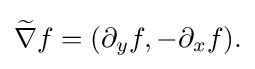
\displaystyle {{\widetilde {\nabla }}f=(\partial _{y}f,-\partial _{x}f).}